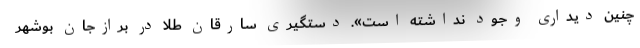
چنین دیداری وجود نداشته است». دستگیری سارقان طلا در برازجان بوشهر